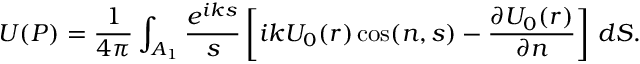
U ( P ) = { \frac { 1 } { 4 \pi } } \int _ { A _ { 1 } } { \frac { e ^ { i k s } } { s } } \left[ i k U _ { 0 } ( r ) \cos ( n , s ) - { \frac { \partial U _ { 0 } ( r ) } { \partial n } } \right] \, d S .